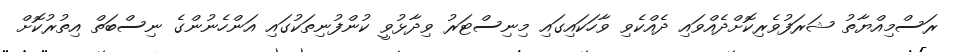
ރަސްމިއްޔާތު ޝަރަފުވެރިކޮށްދެއްވައި ދެއްކެވި ވާހަކައިގައި މިނިސްޓަރު ވިދާޅުވީ ކުންފުނިތަކުގައި އަންހެނުންގެ ނިސްބަތް އިތުރުކޮށް